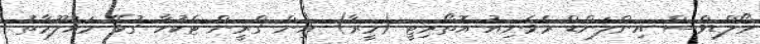
މޯލްޑިވްސް އިންލަންޑް ރެވެނިއު އޮތޯރިޓީ (މީރާ) އިން ގްރީން ޓެކުހާ ގުޅޭ މައުލޫމާތު